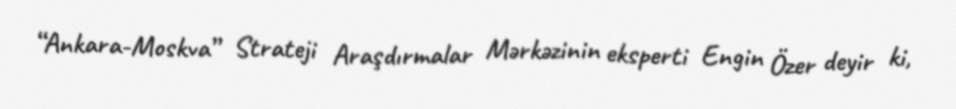
“Ankara-Moskva” Strateji Araşdırmalar Mərkəzinin eksperti Engin Özer deyir ki,